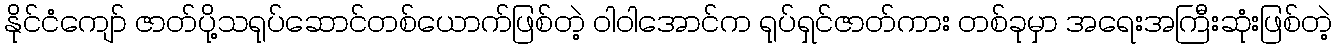
နိုင်ငံကျော် ဇာတ်ပို့သရုပ်ဆောင်တစ်ယောက်ဖြစ်တဲ့ ဝါဝါအောင်က ရုပ်ရှင်ဇာတ်ကား တစ်ခုမှာ အရေးအကြီးဆုံးဖြစ်တဲ့